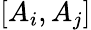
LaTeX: [A_{i},A_{j}]